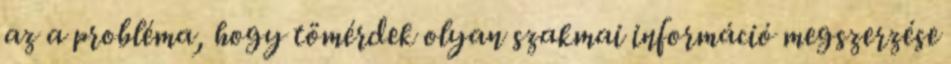
az a probléma, hogy tömérdek olyan szakmai információ megszerzése